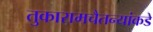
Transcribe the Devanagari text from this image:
तुकारामचैतन्यांकडे